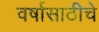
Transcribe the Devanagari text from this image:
वर्षासाठीचे